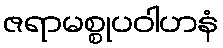
ဇရာမစ္စုပဝါဟနံ